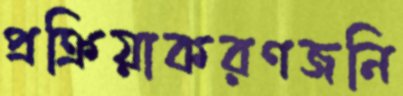
প্রক্রিয়াকরণজনি